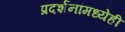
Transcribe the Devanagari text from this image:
प्रदर्शनांमध्येही